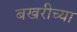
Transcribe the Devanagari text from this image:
बखरीच्या